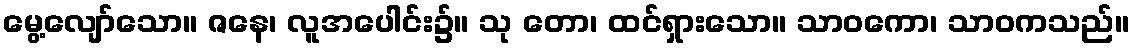
မွေ့လျော်သော။ ဇနေ၊ လူအပေါင်း၌။ သု တော၊ ထင်ရှားသော။ သာဝကော၊ သာဝကသည်။